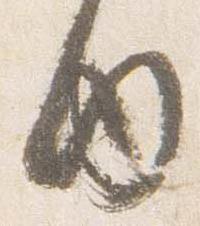
内